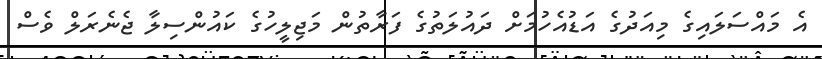
އެ މައްސަލައިގެ މިއަދުގެ އަޑުއެހުމަށް ދައުލަތުގެ ފަރާތުން މަޖިލީހުގެ ކައުންސިލާ ޖެނެރަލް ވެސް